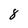
Character: 8